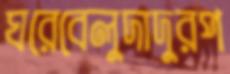
ঘরেবেলুদাদুরপ